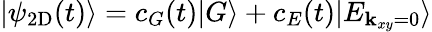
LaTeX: |\psi_{\mathrm{2D}}(t)\rangle=c_{G}(t)|G\rangle+c_{E}(t)|E_{{\mathbf k}_{xy}=0}\rangle